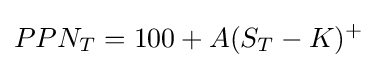
PPN_{T}=100+A(S_{T}-K)^{+}